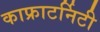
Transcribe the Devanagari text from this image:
काफ्राटर्निटी